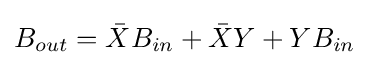
B_{out}={\bar {X}}B_{in}+{\bar {X}}Y+YB_{in}